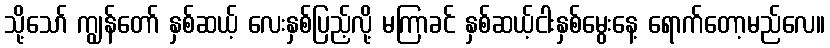
သို့သော် ကျွန်တော် နှစ်ဆယ့် လေးနှစ်ပြည့်လို့ မကြာခင် နှစ်ဆယ့်ငါးနှစ်မွေးနေ့ ရောက်တော့မည်လေ။